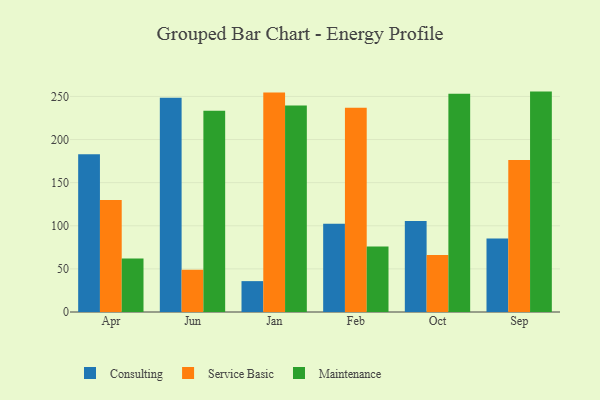
{"axis": {"x": "Month", "y": "Headcount"}, "legend": ["Consulting", "Maintenance", "Service Basic"], "data": [{"x": "Apr", "y": 182.8, "type": "Consulting"}, {"x": "Apr", "y": 129.9, "type": "Service Basic"}, {"x": "Apr", "y": 61.9, "type": "Maintenance"}, {"x": "Jun", "y": 248.4, "type": "Consulting"}, {"x": "Jun", "y": 49.0, "type": "Service Basic"}, {"x": "Jun", "y": 233.5, "type": "Maintenance"}, {"x": "Jan", "y": 35.8, "type": "Consulting"}, {"x": "Jan", "y": 254.5, "type": "Service Basic"}, {"x": "Jan", "y": 239.5, "type": "Maintenance"}, {"x": "Feb", "y": 102.3, "type": "Consulting"}, {"x": "Feb", "y": 236.9, "type": "Service Basic"}, {"x": "Feb", "y": 76.0, "type": "Maintenance"}, {"x": "Oct", "y": 105.4, "type": "Consulting"}, {"x": "Oct", "y": 66.2, "type": "Service Basic"}, {"x": "Oct", "y": 253.1, "type": "Maintenance"}, {"x": "Sep", "y": 85.3, "type": "Consulting"}, {"x": "Sep", "y": 176.3, "type": "Service Basic"}, {"x": "Sep", "y": 255.6, "type": "Maintenance"}]}